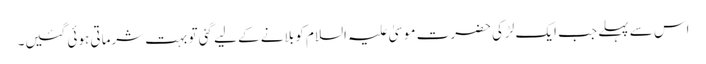
اس سے پہلے جب ایک لڑکی حضرت موسیٰ علیہ السلام کو بلانے کے لیے گئی تو بہت شرماتی ہوئی گئیں۔